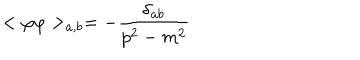
LaTeX: < \varphi \varphi > _ { a , b } = - \frac { \delta _ { a b } } { p ^ { 2 } - m ^ { 2 } }